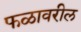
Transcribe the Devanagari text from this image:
फळावरील